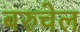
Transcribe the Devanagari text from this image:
बरुचेल